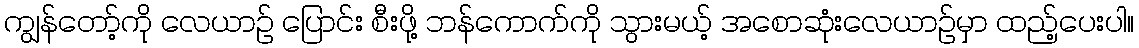
ကျွန်တော့်ကို လေယာဉ် ပြောင်း စီးဖို့ ဘန်ကောက်ကို သွားမယ့် အစောဆုံးလေယာဉ်မှာ ထည့်ပေးပါ။